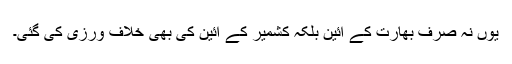
یوں نہ صرف بھارت کے آئین بلکہ کشمیر کے آئین کی بھی خلاف ورزی کی گئی۔